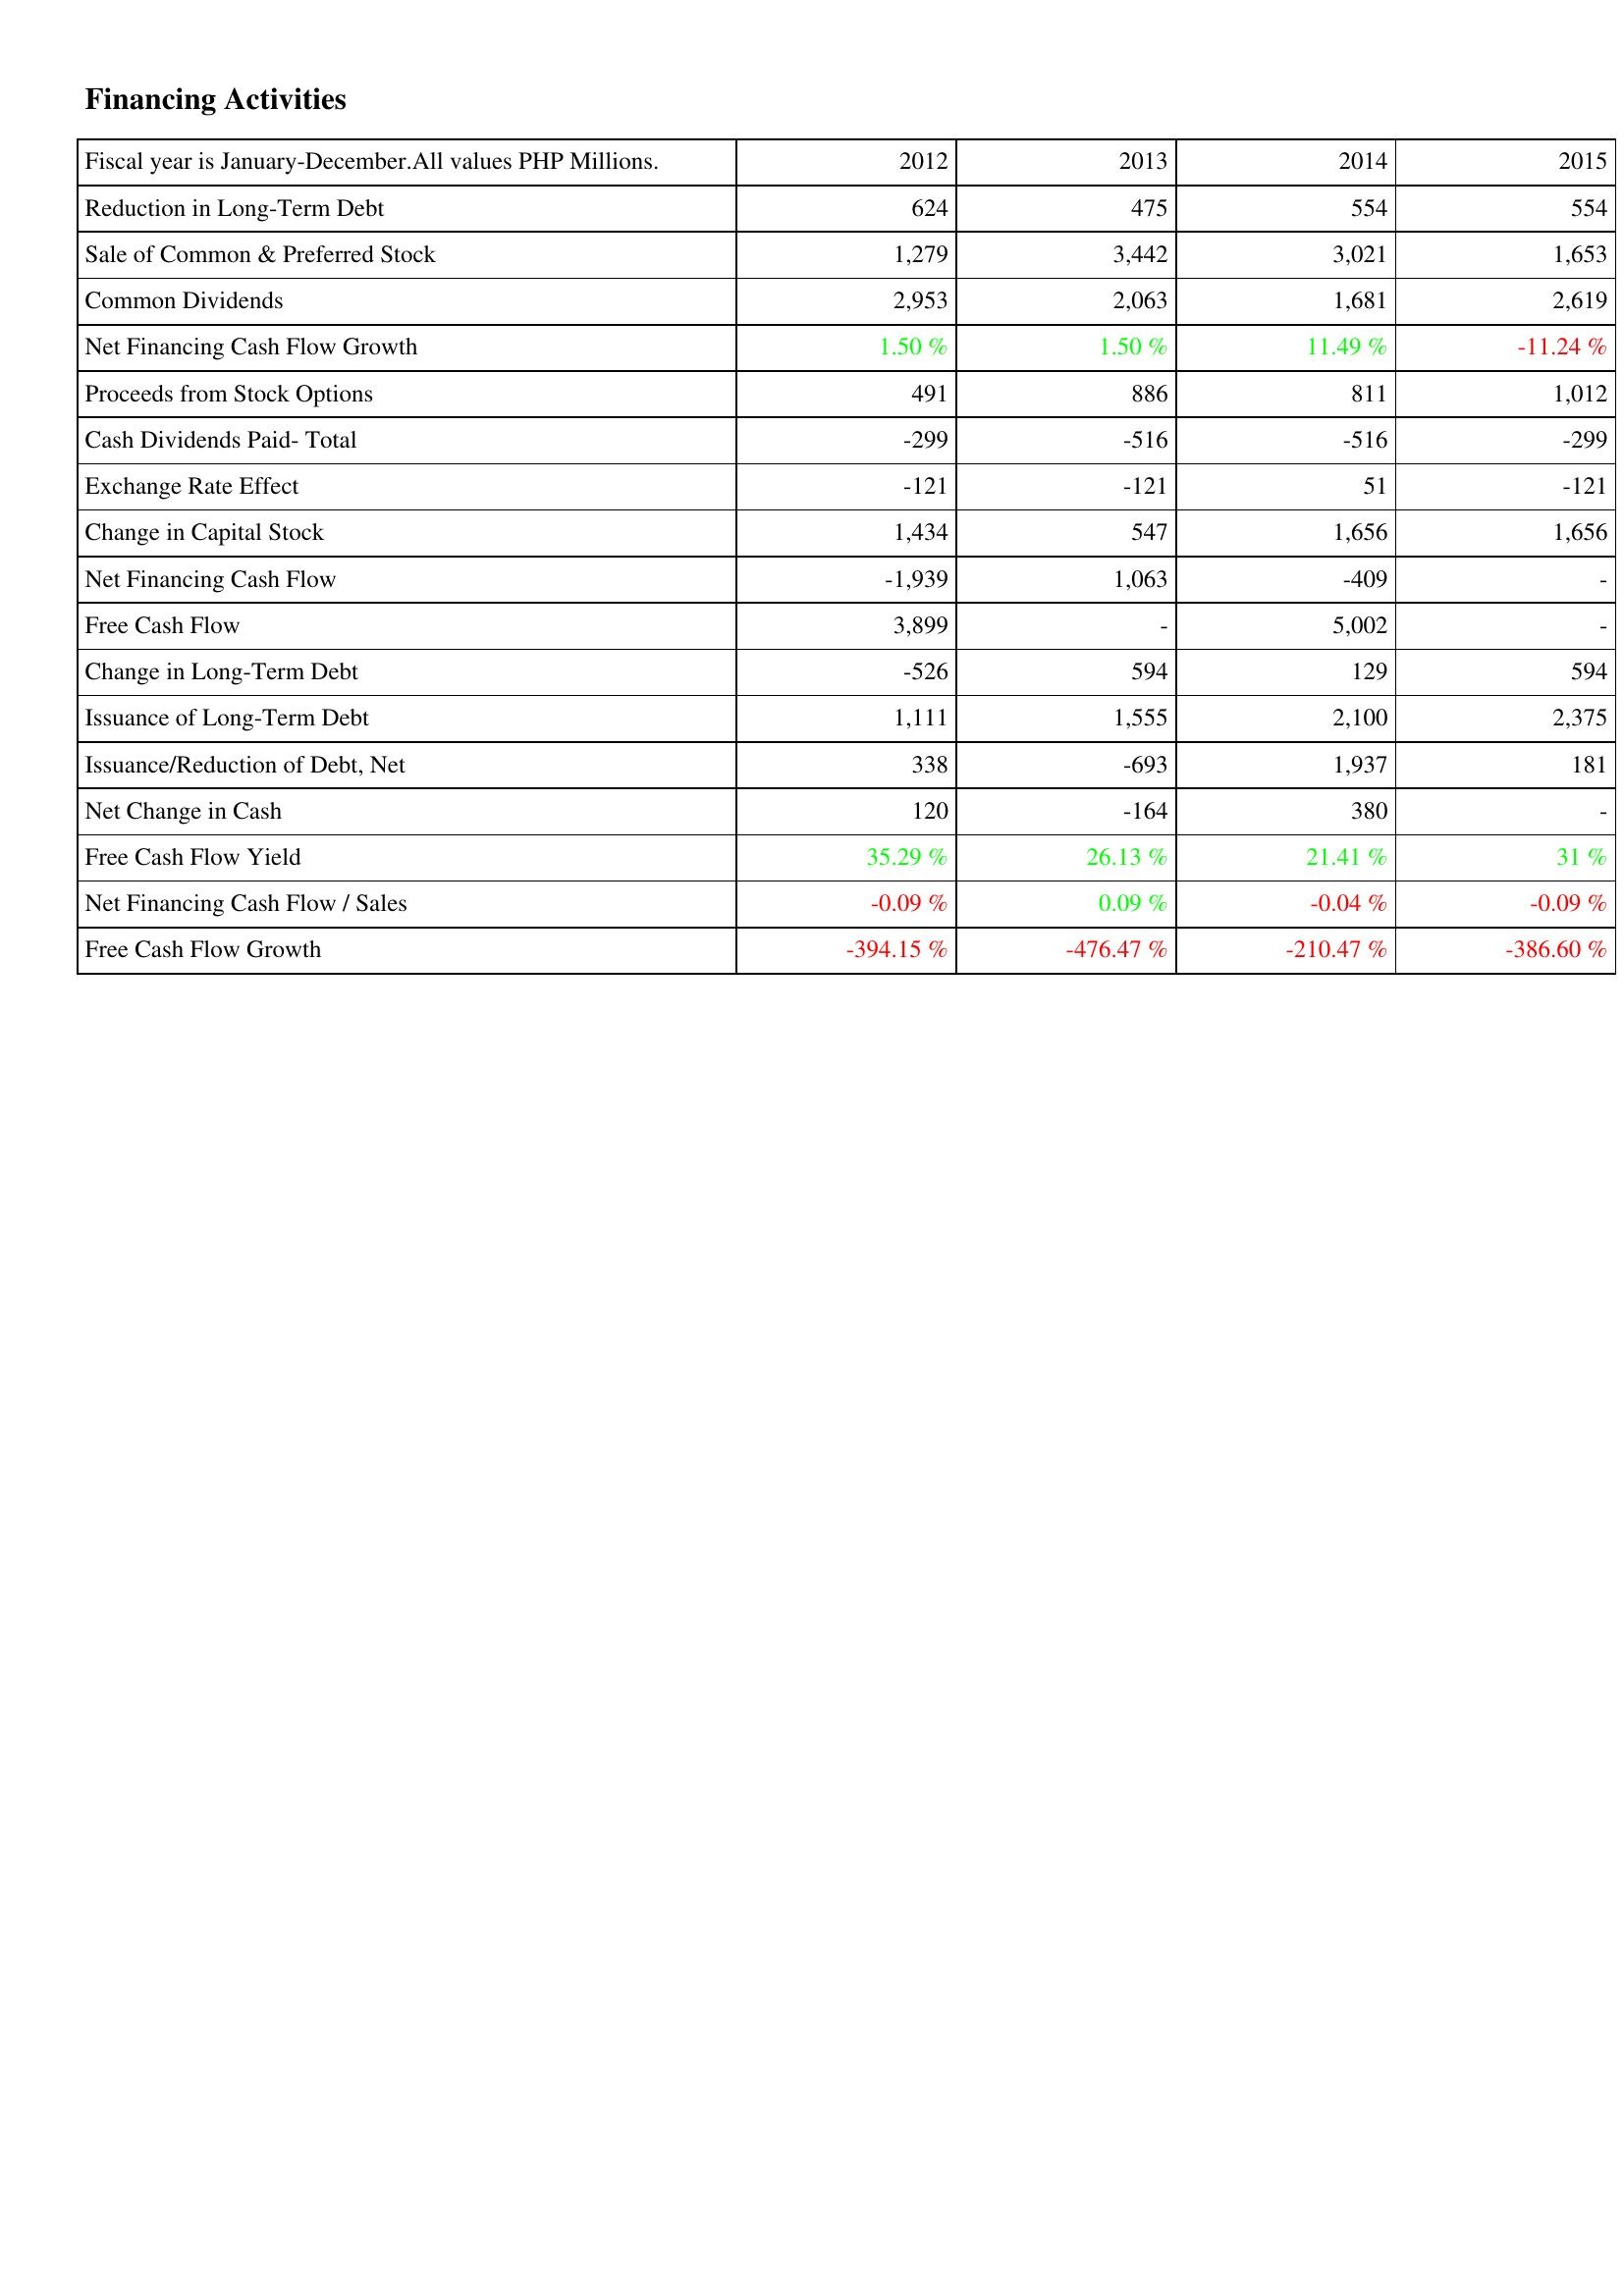
2012: Financing Activities: Reduction in Long-Term Debt: 624
Sale of Common & Preferred Stock: 1,279
Common Dividends: 2,953
Net Financing Cash Flow Growth: 1.50 %
Proceeds from Stock Options: 491
Cash Dividends Paid- Total: -299
Exchange Rate Effect: -121
Change in Capital Stock: 1,434
Net Financing Cash Flow: -1,939
Free Cash Flow: 3,899
Change in Long-Term Debt: -526
Issuance of Long-Term Debt: 1,111
Issuance/Reduction of Debt, Net: 338
Net Change in Cash: 120
Free Cash Flow Yield: 35.29 %
Net Financing Cash Flow / Sales: -0.09 %
Free Cash Flow Growth: -394.15 %
2013: Financing Activities: Reduction in Long-Term Debt: 475
Sale of Common & Preferred Stock: 3,442
Common Dividends: 2,063
Net Financing Cash Flow Growth: 1.50 %
Proceeds from Stock Options: 886
Cash Dividends Paid- Total: -516
Exchange Rate Effect: -121
Change in Capital Stock: 547
Net Financing Cash Flow: 1,063
Free Cash Flow: -
Change in Long-Term Debt: 594
Issuance of Long-Term Debt: 1,555
Issuance/Reduction of Debt, Net: -693
Net Change in Cash: -164
Free Cash Flow Yield: 26.13 %
Net Financing Cash Flow / Sales: 0.09 %
Free Cash Flow Growth: -476.47 %
2014: Financing Activities: Reduction in Long-Term Debt: 554
Sale of Common & Preferred Stock: 3,021
Common Dividends: 1,681
Net Financing Cash Flow Growth: 11.49 %
Proceeds from Stock Options: 811
Cash Dividends Paid- Total: -516
Exchange Rate Effect: 51
Change in Capital Stock: 1,656
Net Financing Cash Flow: -409
Free Cash Flow: 5,002
Change in Long-Term Debt: 129
Issuance of Long-Term Debt: 2,100
Issuance/Reduction of Debt, Net: 1,937
Net Change in Cash: 380
Free Cash Flow Yield: 21.41 %
Net Financing Cash Flow / Sales: -0.04 %
Free Cash Flow Growth: -210.47 %
2015: Financing Activities: Reduction in Long-Term Debt: 554
Sale of Common & Preferred Stock: 1,653
Common Dividends: 2,619
Net Financing Cash Flow Growth: -11.24 %
Proceeds from Stock Options: 1,012
Cash Dividends Paid- Total: -299
Exchange Rate Effect: -121
Change in Capital Stock: 1,656
Net Financing Cash Flow: -
Free Cash Flow: -
Change in Long-Term Debt: 594
Issuance of Long-Term Debt: 2,375
Issuance/Reduction of Debt, Net: 181
Net Change in Cash: -
Free Cash Flow Yield: 31 %
Net Financing Cash Flow / Sales: -0.09 %
Free Cash Flow Growth: -386.60 %